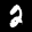
Label: 2